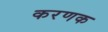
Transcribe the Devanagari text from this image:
करणक